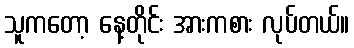
သူကတော့ နေ့တိုင်း အားကစား လုပ်တယ်။